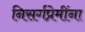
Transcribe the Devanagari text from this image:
निसर्गप्रेमींना